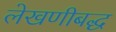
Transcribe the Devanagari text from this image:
लेखणीबद्ध